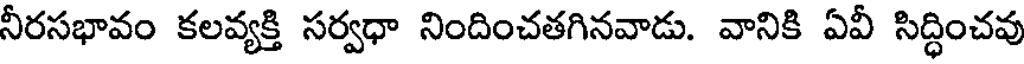
నీరసభావం కలవ్యక్తి సర్వధా నిందించతగినవాడు. వానికి ఏవీ సిద్ధించవు